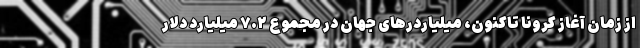
از زمان آغاز کرونا تاکنون، میلیاردرهای جهان در مجموع ۷.۲ میلیارد دلار